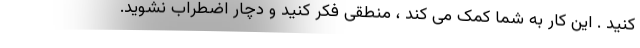
کنید . این کار به شما کمک می کند ، منطقی فکر کنید و دچار اضطراب نشوید.